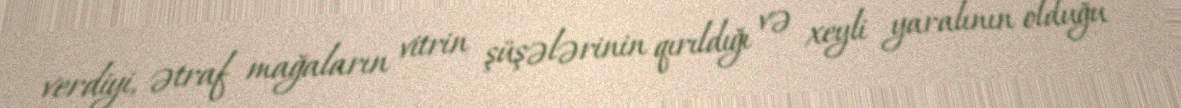
verdiyi, ətraf mağaların vitrin şüşələrinin qırıldığı və xeyli yaralının olduğu